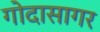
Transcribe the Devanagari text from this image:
गोदासागर